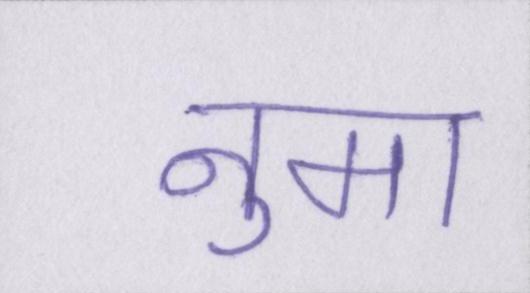
नुमा